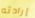
إرادته